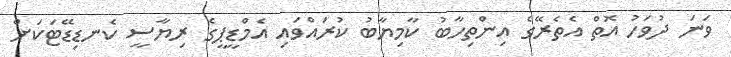
ވަނަ ދުވަހު އޮތް އެތެރޭގެ އިންތިހާބު ކާމިޔާބު ކުރައްވައި އެމްޑީޕީގެ ރިޔާސީ ކެނޑިޑޭޓަކަށް